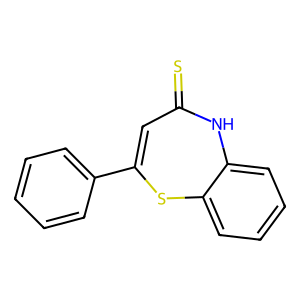
SMILES: S=C1C=C(c2ccccc2)Sc2ccccc2N1
Inhibits HIV replication: No